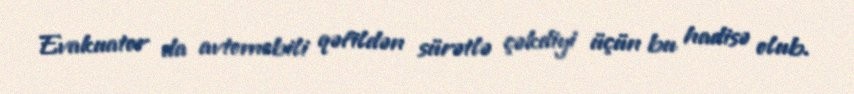
Evakuator da avtomobili qəfildən sürətlə çəkdiyi üçün bu hadisə olub.